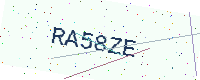
Text: RA58ZE